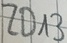
Text: ZD13